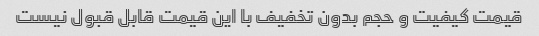
قیمت کیفیت و حجم بدون تخفیف با این قیمت قابل قبول نیست